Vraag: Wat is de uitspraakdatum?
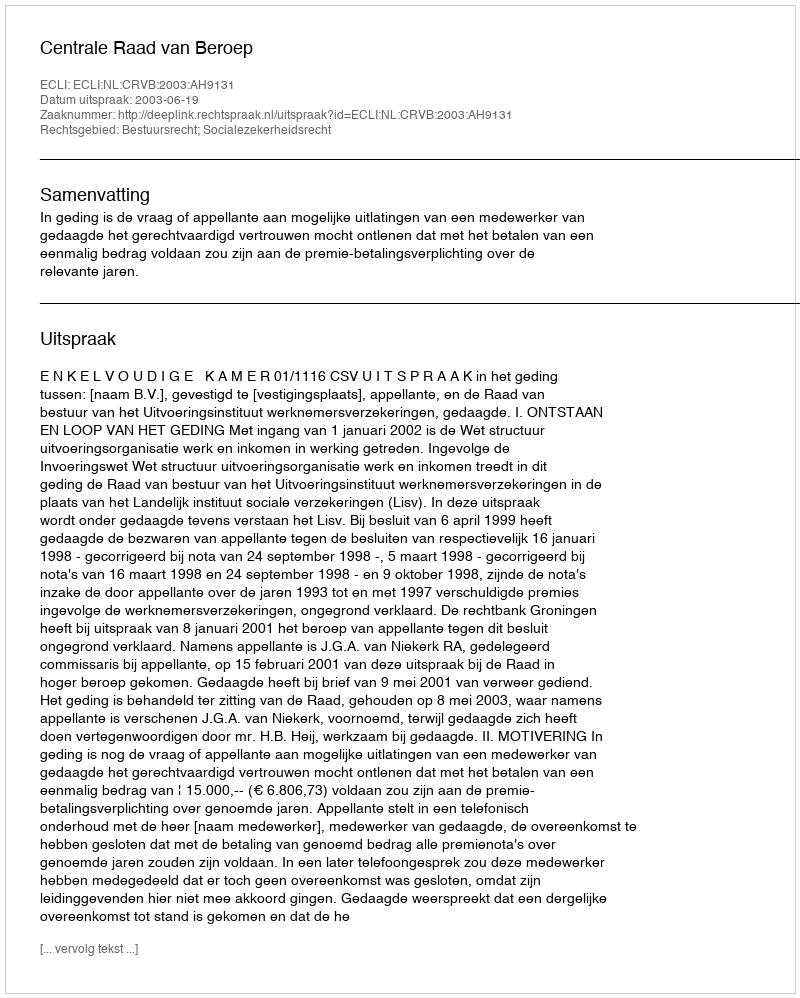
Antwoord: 2003-06-19